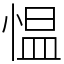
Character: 愠